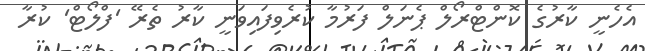
އެހެނީ ކާރުގެ ކޮންޓްރޯލް ޕެނަލް ފަރުމާ ކުރެވިފައިވަނީ ކާރު ތެރޭ 'ފްލޯޓް' ކުރާ